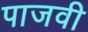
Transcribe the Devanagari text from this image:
पाजवी